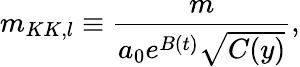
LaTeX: m_{KK,l}\equiv\frac{m}{a_{0}e^{B(t)}\sqrt{C(y)}},